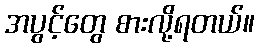
အပွင့်တွေ စားလို့ရတယ်။